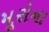
મૂરોના